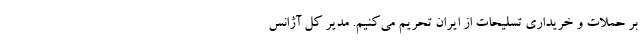
بر حملات و خریداری تسلیحات از ایران تحریم می‌کنیم. مدیر کل آژانس